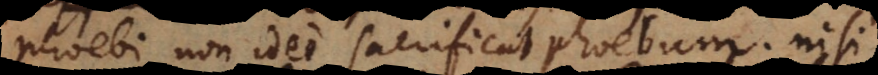
Phoebi non ideo sacrificat Phoebum; nisi